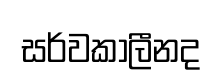
සර්වකාලීනද